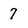
Character: 7